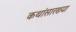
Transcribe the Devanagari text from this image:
कथांसारख्या